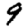
Digit: 9